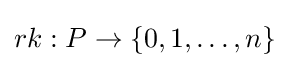
rk:P\to \{0,1,\ldots ,n\}